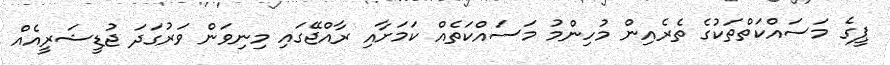
ޕީގެ މަސައްކަތްތަކުގެ ތެރެއިން މުހިންމު މަސައްކަތެއް ކަމަށާއި ރާއްޖޭގައި މިނިވަން ވަރުގަދަ ޖުޑީޝަރީއެއް